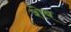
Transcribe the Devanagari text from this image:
शेब